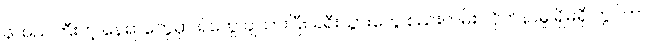
နာမည်ကြီးတဲ့ နေရာတွေမှာ ရဲတွေ ချထားပြီး ခရီးသွားတွေ စည်းကမ်း လိုက်နာမှု ရှိမရှိ ကွပ်ကဲ